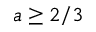
a \ge 2 / 3